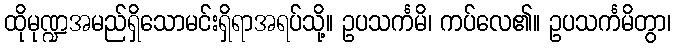
ထိုမုဏ္ဍအမည်ရှိသောမင်းရှိရာအရပ်သို့။ ဥပသင်္ကမိ၊ ကပ်လေ၏။ ဥပသင်္ကမိတွာ၊